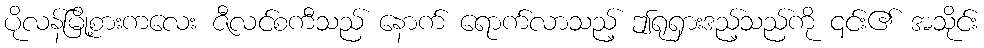
ပိုလန်မြို့စားကလေး ဇီလင်စကီသည် နောက် ရောက်လာသည့် ဤရုရှားဒည့်သည်ကို ၎င်း၏ အသိုင်း